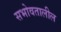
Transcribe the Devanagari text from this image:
सभोवतालील